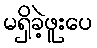
မရှိခဲ့ဖူးပေ